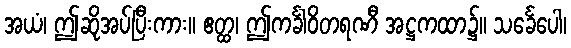
အယံ၊ ဤဆိုအပ်ပြီးကား။ ဧတ္ထ၊ ဤကင်္ခါဝိတရဏီ အဋ္ဌကထာ၌။ သင်္ခေပေါ၊